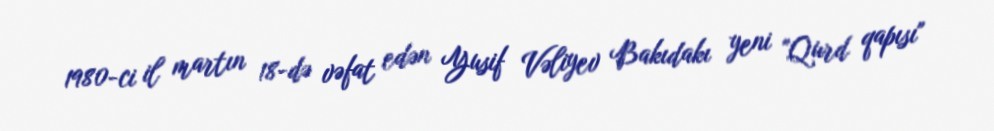
1980-ci il martın 18-də vəfat edən Yusif Vəliyev Bakıdakı yeni "Qurd qapısı"